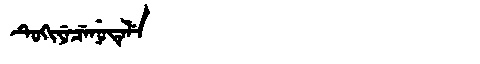
Manchu: ᡨᡠᡴᡳᠶᡝᠴᡝᠨᡠᡨᡝᠯᡝ
Romanization: TUKIYECENUTELE